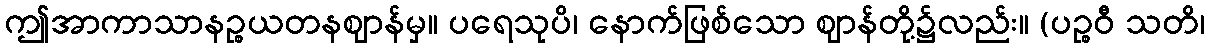
ဤအာကာသာနဉ္စယတနဈာန်မှ။ ပရေသုပိ၊ နောက်ဖြစ်သော ဈာန်တို့၌လည်း။ (ပဉ္စဝီ သတိ၊